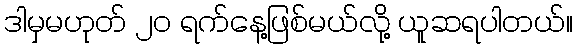
ဒါမှမဟုတ် ၂၀ ရက်နေ့ဖြစ်မယ်လို့ ယူဆရပါတယ်။